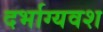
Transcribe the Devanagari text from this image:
दर्भाग्यवश